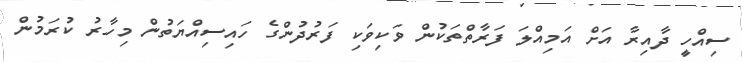
ސިއްހީ ދާއިރާ އަށް އަމިއްލަ ފަރާތްތަކުން ވަކިވަކި ފަރުދުންގެ ހައިސިއްޔަތުން މިހާރު ކުރަމުން